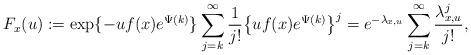
LaTeX: \begin{align*}F_x(u) := \exp\{-uf(x)e^{\Psi(k)}\}\sum_{j=k}^\infty \frac{1}{j!} \bigl\{uf(x)e^{\Psi(k)}\bigr\}^j = e^{-\lambda_{x,u}}\sum_{j=k}^\infty \frac{\lambda_{x,u}^j}{j!},\end{align*}